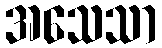
အသေသာ